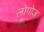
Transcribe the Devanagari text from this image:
लोगोज़